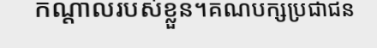
កណ្តាលរបស់ខ្លួន។គណបក្សប្រជាជន